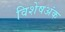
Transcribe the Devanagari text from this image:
विशेषअंक